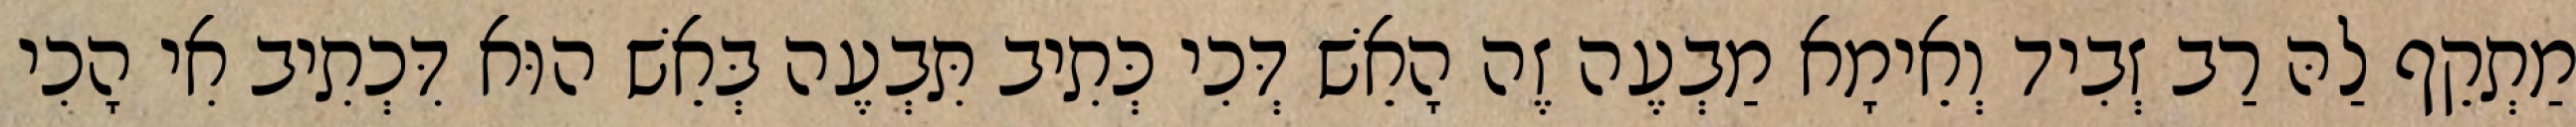
מַתְקֵף לַהּ רַב זְבִיד וְאֵימָא מַבְעֶה זֶה הָאֵשׁ דְּכִי כְּתִיב תִּבְעֶה בְּאֵשׁ הוּא דִּכְתִיב אִי הָכִי